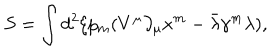
LaTeX: S = \int d ^ { 2 } \xi p _ { m } ( V ^ { \mu } \partial _ { \mu } x ^ { m } - \bar { \lambda } \gamma ^ { m } \lambda ) ,